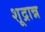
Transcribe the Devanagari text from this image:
शूद्रान्न